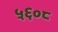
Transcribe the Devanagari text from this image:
५६०८